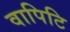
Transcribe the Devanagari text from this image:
वापिटि